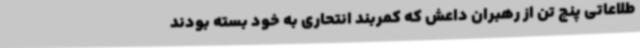
طلاعاتی پنج تن از رهبران داعش که کمربند انتحاری به خود بسته بودند